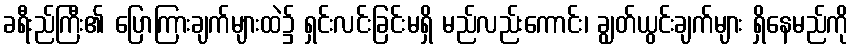
ခရီးည်ကြီး၏ ပြောကြားချက်များထဲ၌ ရှင်းလင်းခြင်းမရှိ မည်လည်းကောင်း၊ ချွတ်ယွင်းချက်များ ရှိနေမည်ကို